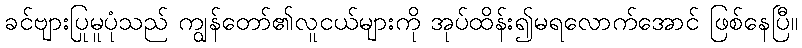
ခင်ဗျားပြုမူပုံသည် ကျွန်တော်၏လူငယ်များကို အုပ်ထိန်း၍မရလောက်အောင် ဖြစ်နေပြီ။